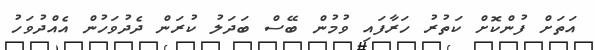
އަތަށް ފުންކޮށް ކަތުރު ހަރާފައި ވުމުން ބޭސް ބަދަލު ކުރަން ދެދުވަހުން އެއްދުވަހު